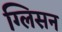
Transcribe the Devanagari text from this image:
ग्लिसन